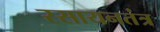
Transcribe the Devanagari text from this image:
रसायनतंत्र